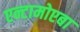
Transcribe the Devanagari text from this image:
एन्टामोएबा